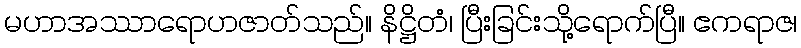
မဟာအဿာရောဟဇာတ်သည်။ နိဋ္ဌိတံ၊ ပြီးခြင်းသို့ရောက်ပြီ။ ဧကရာဇ၊